Subject: physics
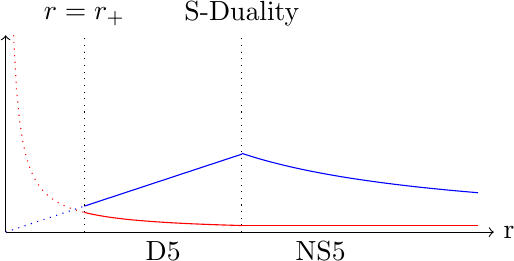
LaTeX code:
    \begin{tikzpicture}
    \draw[->] (0, 0) -- (6.2, 0) node[right] {r};
    \draw[->] (0, 0) -- (0, 2.5) ;
    \draw[scale=1, domain=0:1, dotted, variable=\x, blue] plot ({\x}, {0.33*\x});
    \draw[scale=1, domain=1:3, smooth, variable=\x, blue] plot ({\x}, {0.33*\x});
    \draw[scale=1, domain=3:6, smooth, variable=\x, blue] plot ({\x}, {3*\x^(-1)});
    \draw[scale=1, domain=0.1:1, dotted, variable=\x, red]  plot ({\x}, {0.25*\x^(-1)});
    \draw[scale=1, domain=1:3, smooth, variable=\x, red]  plot ({\x}, {0.25*\x^(-1)});
    \draw[scale=1, domain=3:6, smooth, variable=\x, red]  plot ({\x}, {0.25*3^(-1)});
    \draw[scale=1, domain=0:2.5, dotted, variable=\y, black] plot ({1}, {\y}) node[above] {$r=r_{+}$};
    \draw[scale=1, domain=0:2.5, dotted, variable=\y, black] plot ({3}, {\y}) node[above] {S-Duality};
    \node[below] at (2,0) {D5};
    \node[below] at (4,0) {NS5};
\end{tikzpicture}